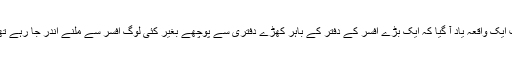
میں مزاح نگار نہیں ہوں مگر اس وقت ایک واقعہ یاد آ گیا کہ ایک بڑے افسر کے دفتر کے باہر کھڑے دفتری سے پوچھے بغیر کئی لوگ افسر سے ملنے اندر جا رہے تھے اور وہ کسی کو روک نہیں رہا تھا۔